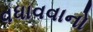
વધાવવાનો